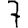
Digit: 7